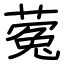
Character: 蒬